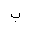
Letter: _ba